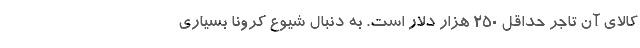
کالای آن تاجر حداقل ۲۵۰ هزار دلار است. به دنبال شیوع کرونا بسیاری